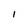
Character: 1